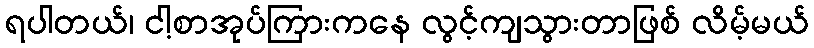
ရပါတယ်၊ ငါ့စာအုပ်ကြားကနေ လွင့်ကျသွားတာဖြစ် လိမ့်မယ်